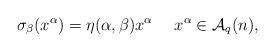
LaTeX: \begin{align*}\sigma_{\beta}(x^{\alpha})=\eta(\alpha, \beta)x^{\alpha} \ \ \ \ x^{\alpha}\in {\mathcal{A}}_q(n),\end{align*}